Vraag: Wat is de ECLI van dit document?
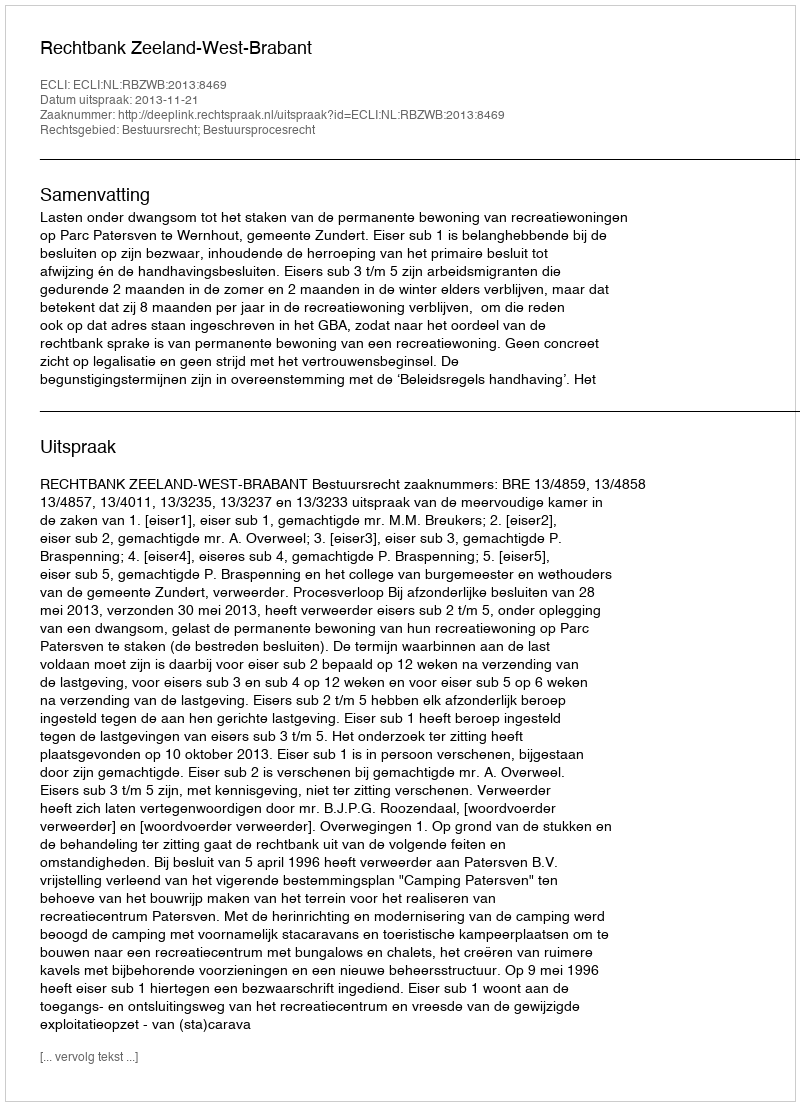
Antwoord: ECLI:NL:RBZWB:2013:8469